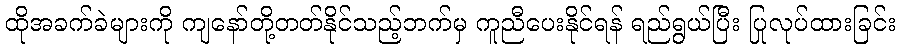
ထိုအခက်ခဲများကို ကျနော်တို့တတ်နိုင်သည့်ဘက်မှ ကူညီပေးနိုင်ရန် ရည်ရွယ်ပြီး ပြုလုပ်ထားခြင်း